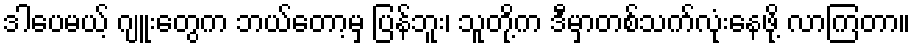
ဒါပေမယ့် ဂျူးတွေက ဘယ်တော့မှ ပြန်ဘူး၊ သူတို့က ဒီမှာတစ်သက်လုံးနေဖို့ လာကြတာ။